Annual report of the Punjab Veterinary College and of the Civil Veterinary Department, Punjab - 1920-1925
Year: 1920
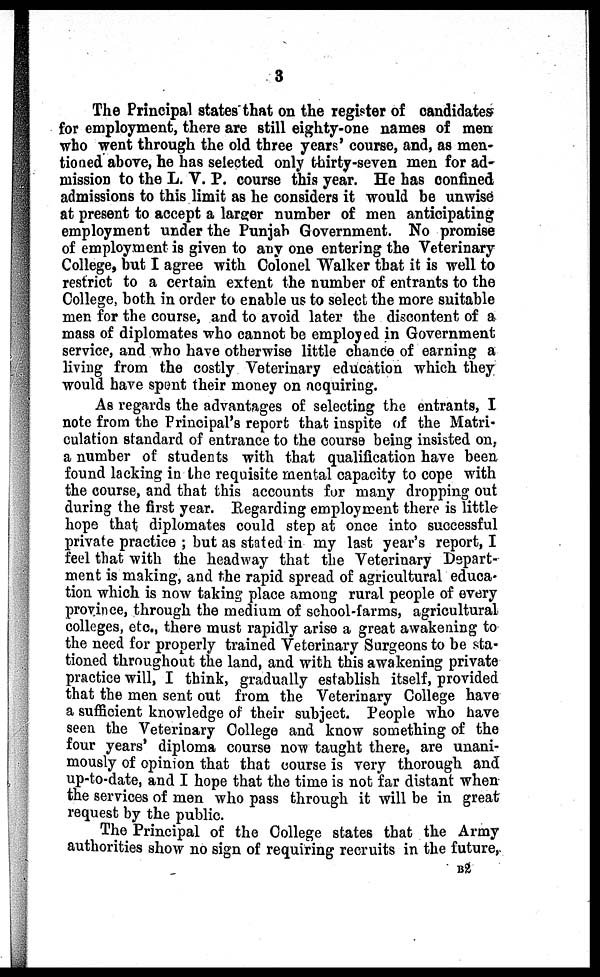
3
The Principal states that on the register of candidates
for employment, there are still eighty-one names of men
who went through the old three years' course, and, as men-
tioned above, he has selected only thirty-seven men for ad-
mission to the L. V. P. course this year. He has confined
admissions to this limit as he considers it would be unwise
at present to accept a larger number of men anticipating
employment under the Punjab Government. No promise
of employment is given to any one entering the Veterinary
College, but I agree with Colonel Walker that it is well to
restrict to a certain extent the number of entrants to the
College, both in order to enable us to select the more suitable
men for the course, and to avoid later the discontent of a
mass of diplomates who cannot be employed in Government
service, and who have otherwise little chance of earning a
living from the costly Veterinary education which they
would have spent their money on acquiring.
As regards the advantages of selecting the entrants, I
note from the Principal's report that inspite of the Matri-
culation standard of entrance to the course being insisted on,
a number of students with that qualification have been
found lacking in the requisite mental capacity to cope with
the course, and that this accounts for many dropping out
during the first year. Regarding employment there is little
hope that diplomates could step at once into successful
private practice; but as stated in my last year's report, I
feel that with the headway that the Veterinary Depart-
ment is making, and the rapid spread of agricultural educa-
tion which is now taking place among rural people of every
province, through the medium of school-farms, agricultural
colleges, etc., there must rapidly arise a great awakening to
the need for properly trained Veterinary Surgeons to be sta-
tioned throughout the land, and with this awakening private
practice will, I think, gradually establish itself, provided
that the men sent out from the Veterinary College have
a sufficient knowledge of their subject. People who have
seen the Veterinary College and know something of the
four years' diploma course now taught there, are unani-
mously of opinion that that course is very thorough and
up-to-date, and I hope that the time is not far distant when
the services of men who pass through it will be in great
request by the public.
The Principal of the College states that the Army
authorities show no sign of requiring recruits in the future,
B2